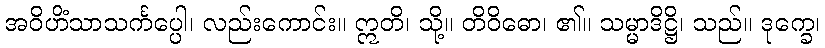
အဝိဟိံသာသင်္ကပ္ပေါ၊ လည်းကောင်း။ ဣတိ၊ သို့။ တိဝိဓော၊ ၏။ သမ္မာဒိဋ္ဌိ၊ သည်။ ဒုက္ခေ၊